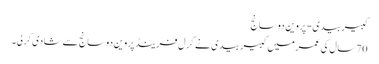
کبیربیدی- پروین دوسانج
70سال کی عمرمیں کبیربیدی نے گرل فرینڈ پروین دوسانج سے شادی کرلی۔